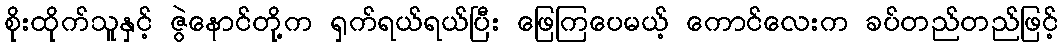
စိုးထိုက်သူနှင့် ဇွဲနောင်တို့က ရှက်ရယ်ရယ်ပြီး ဖြေကြပေမယ့် ကောင်လေးက ခပ်တည်တည်ဖြင့်